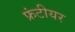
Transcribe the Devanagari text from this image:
फ्रंटीयर